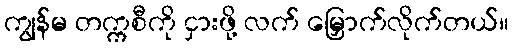
ကျွန်မ တက္ကစီကို ငှားဖို့ လက် မြှောက်လိုက်တယ်။